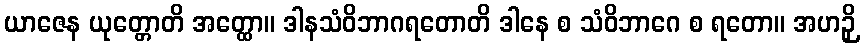
ယာဇေန ယုတ္တောတိ အတ္ထော။ ဒါနသံဝိဘာဂရတောတိ ဒါနေ စ သံဝိဘာဂေ စ ရတော။ အဟဉှိ